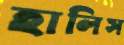
হালিস